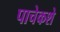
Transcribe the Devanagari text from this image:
पाचेकशे